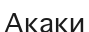
Акаки